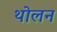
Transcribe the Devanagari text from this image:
थोलन